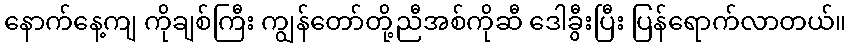
နောက်နေ့ကျ ကိုချစ်ကြီး ကျွန်တော်တို့ညီအစ်ကိုဆီ ဒေါခွီးပြီး ပြန်ရောက်လာတယ်။